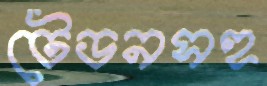
টেডনসহ